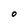
Character: O